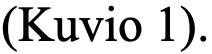
(Kuvio 1).